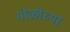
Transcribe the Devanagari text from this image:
गोळीच्या